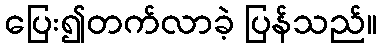
ပြေး၍တက်လာခဲ့ ပြန်သည်။